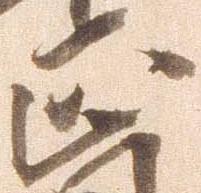
正